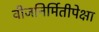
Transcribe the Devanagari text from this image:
वीजनिर्मितीपेक्षा